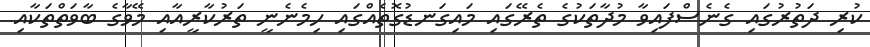
ކުރި ދަތުރުގައި ގެނެސްފައިވާ މުދާތަކުގެ ތެރޭގައި މައިގަނޑުގޮތެއްގައި ހިމެނެނީ ތަރުކާރީއާއި މޭވާގެ ބާވަތްތަކާއި